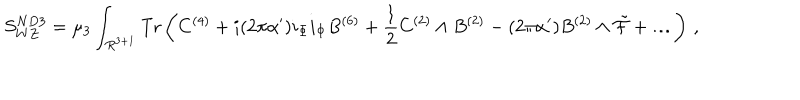
S _ { W Z } ^ { N D 3 } = \mu _ { 3 } \int _ { R ^ { 3 + 1 } } \mathrm { T r } \left( C ^ { ( 4 ) } + i ( 2 \pi \alpha ^ { \prime } ) i _ { \Phi } i _ { \Phi } B ^ { ( 6 ) } + \frac 1 2 C ^ { ( 2 ) } \wedge B ^ { ( 2 ) } - ( 2 \pi \alpha ^ { \prime } ) B ^ { ( 2 ) } \wedge { \tilde { \cal F } } + \dots \right) \, ,